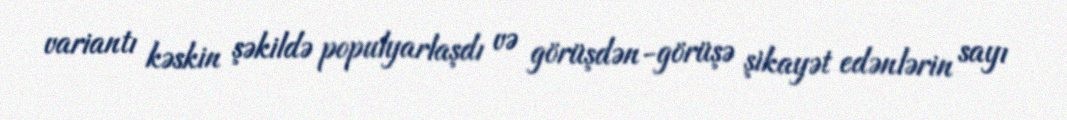
variantı kəskin şəkildə populyarlaşdı və görüşdən-görüşə şikayət edənlərin sayı